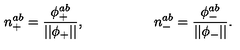
n _ { + } ^ { a b } = \frac { \phi _ { + } ^ { a b } } { | | \phi _ { + } | | } , \quad \quad \quad \quad \quad n _ { - } ^ { a b } = \frac { \phi _ { - } ^ { a b } } { | | \phi _ { - } | | } .